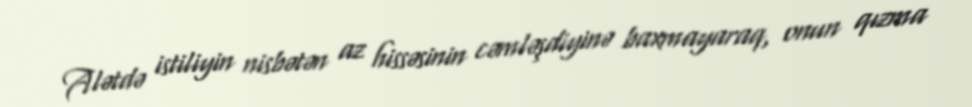
Alətdə istiliyin nisbətən az hissəsinin cəmləşdiyinə baxmayaraq, onun qızma